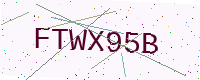
Text: FTWX95B